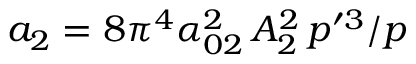
a _ { 2 } = 8 \pi ^ { 4 } \alpha _ { 0 2 } ^ { 2 } \, { \cal A } _ { 2 } ^ { 2 } \, p ^ { \prime 3 } / p